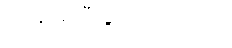
ကို နဲ့ ဆိုပီးခွဲထားပါတယ်။